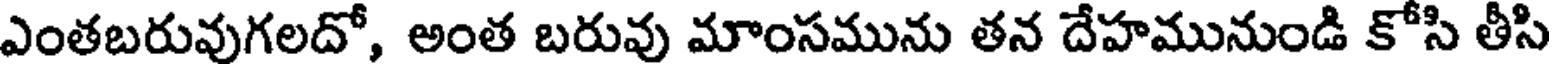
ఎంతబరువుగలదో, అంత బరువు మాంసమును తన దేహమునుండి కోసి తీసి